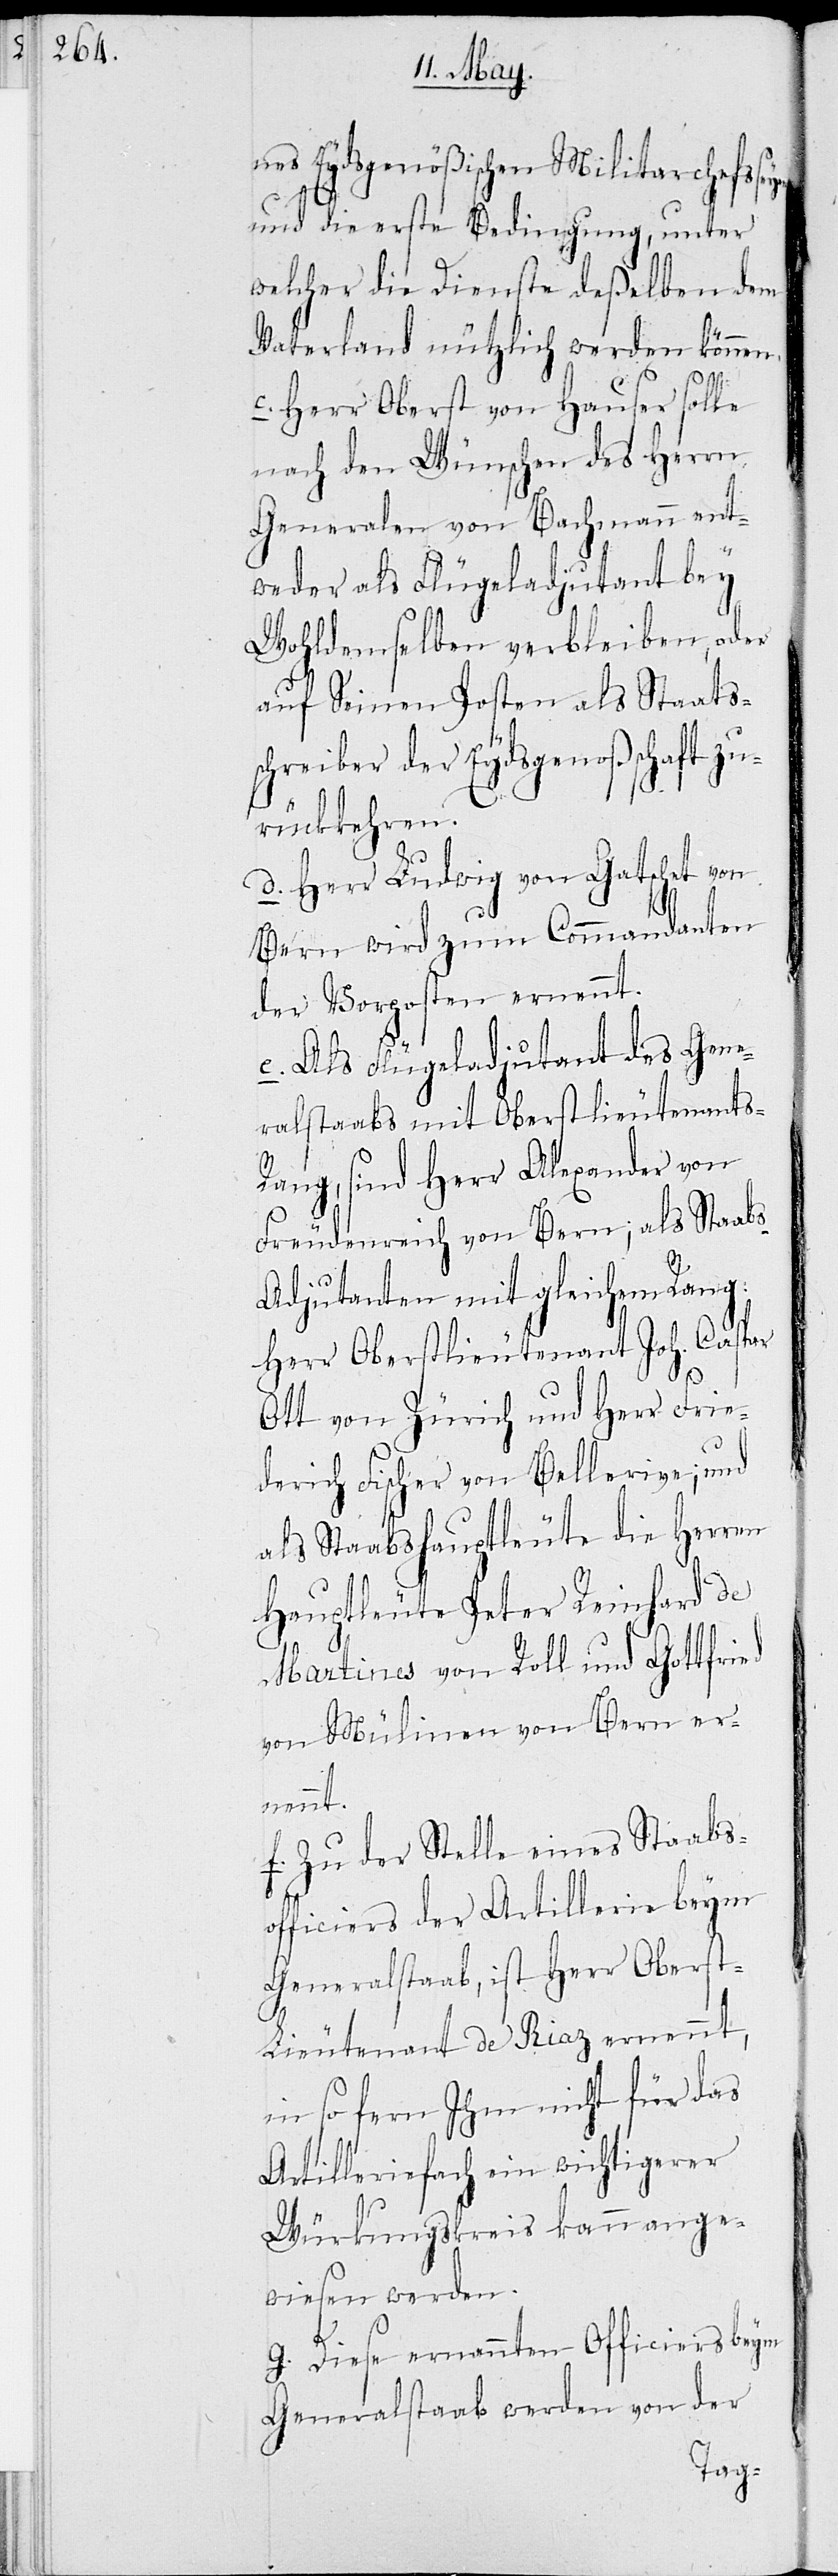
nes Eydsgenößischen Militarchefs
und die erste Bedingung, unter
welcher die Dienste deßelben dem
Vaterland nützlich werden können.
c. Herr Oberst von Hauser solle
nach den Wünschen des Herrn
Generalen von Bachmann ent¬
weder als Flügeladjutant bey
Wohldemselben verbleiben, oder
auf seinen Posten als Staats¬
schreiber der Eydsgenoßenschaft zu¬
rückkehren.
d. Herr Ludwig von Gatschet von
Bern wird zum Commandanten
der Vorposten ernannt.
e. Als Flügeladjutant des Gene¬
ralstaabs mit Oberstlieutenants-R¬
ang, sind Herr Alexander von
Freudenreich von Bern; als Staabs¬
adjutanten mit gleichem Rang:
Herr Oberstlieutenant Joh. Caspar
Ott von Zürich und Herr Frie¬
derich Fischer von Bellerive; und
als Staabshauptleute die Herren
Hauptleute Peter Reinhard de
Martines von Roll und Gottfried
von Mülinen von Bern er¬
nannt.
f. Zu der Stelle eines Staabso¬
fficiers der Artillerie beym
Generalstaab, ist Herr Obers¬
t-Lieutenant de Riaz ernannt,
in so fern Ihm nicht für das
Artilleriefach ein wichtigerer
Würkungskreis kann ange¬
wiesen werden.
g. Diese ernannten Officiers beym
Generalstaab werden von der